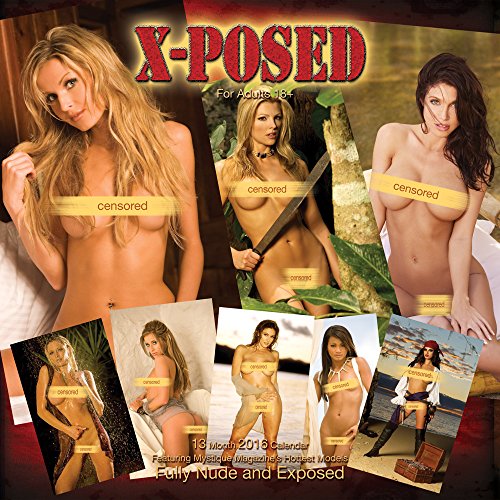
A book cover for Mystique X-Posed 2016 Adult Calendar -- Mystic Playboy Calendar Girls -- Penthouse Vixens -- Nude Naked Hot Sexy Girls; Mark Daughn; Calendars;